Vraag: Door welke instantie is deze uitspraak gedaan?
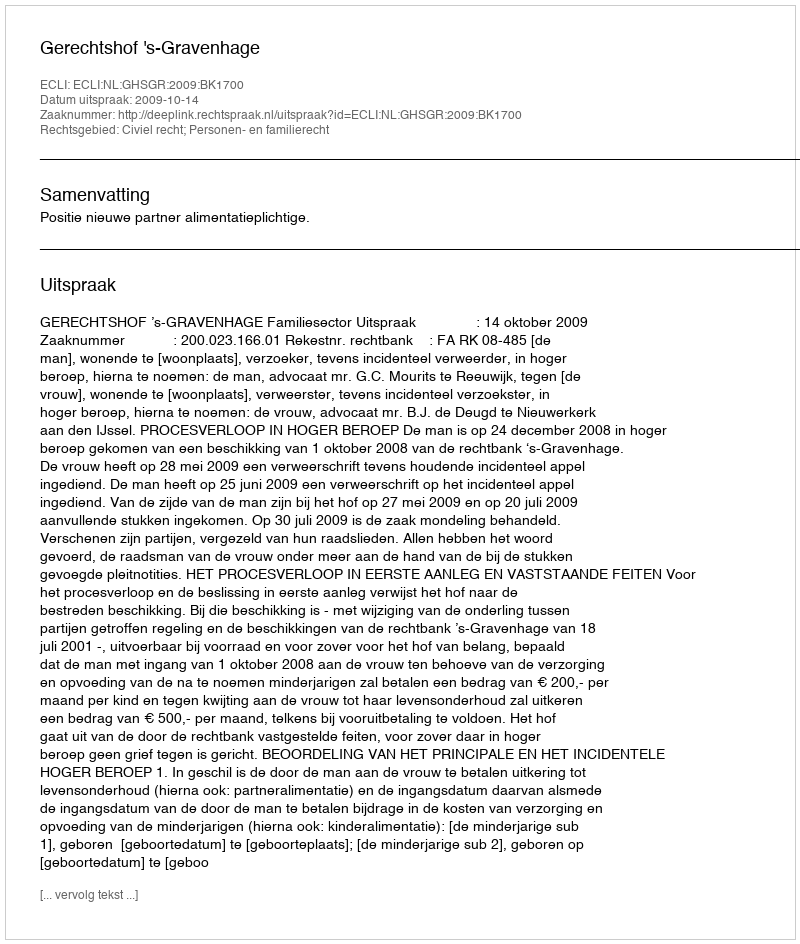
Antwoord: Gerechtshof 's-Gravenhage